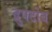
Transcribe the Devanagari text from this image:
द्रुपटोब